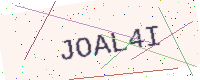
Text: JOAL4I